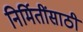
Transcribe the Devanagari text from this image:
निर्मितींसाठी